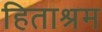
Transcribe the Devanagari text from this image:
हिताश्रम